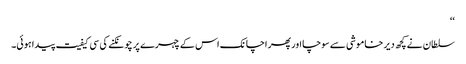
‘‘
سلطان نے کچھ دیر خاموشی سے سوچا اور پھر اچانک اس کے چہرے پر چونکنے کی سی کیفیت پیدا ہوئی۔